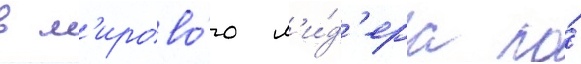
в м'ирово́го л'и́д'ера по́